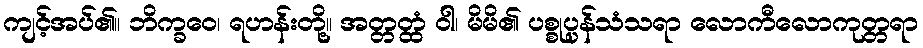
ကျင့်အပ်၏။ ဘိက္ခဝေ၊ ရဟန်းတို့။ အတ္တတ္ထံ ဝါ၊ မိမိ၏ ပစ္စုပ္ပန်သံသရာ လောကီလောကုတ္တရာ